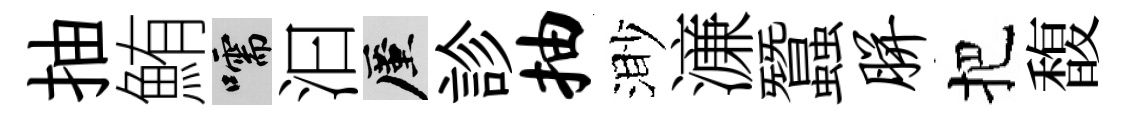
抽鮪嚅汩厪診抽渺濓蠶胼把馥